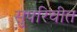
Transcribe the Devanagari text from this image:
सुपरिचीत